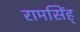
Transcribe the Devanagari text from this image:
रामसिंह्